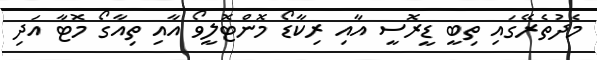
މެދުތެރޭގައި ތިބީ ޑީރޮސީ އާއި ރިކާޑޯ މޮންޓޮލީވޯ އާއި ތިއާގޯ މޮޓާ އަދި